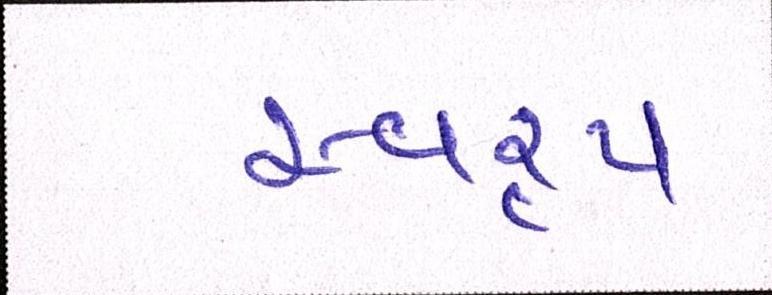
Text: સ્વરૃપ